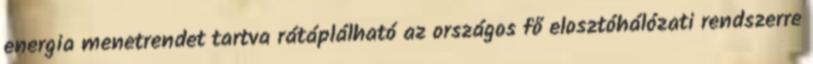
energia menetrendet tartva rátáplálható az országos fő elosztóhálózati rendszerre